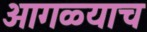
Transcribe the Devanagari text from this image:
आगळ्याच